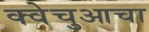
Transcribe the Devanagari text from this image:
क्वेचुआचा